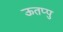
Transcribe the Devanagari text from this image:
ऊतप्पु